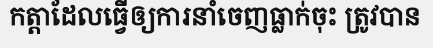
កត្តាដែលធ្វើឲ្យការនាំចេញធ្លាក់ចុះ ត្រូវបាន